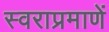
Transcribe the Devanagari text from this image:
स्वराप्रमाणें